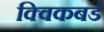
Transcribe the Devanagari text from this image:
क्विकबर्ड